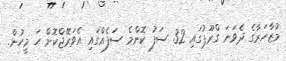
މުޒާހަރާގެ ދެވަނަ ގްރޫޕުގައި 32 ސަފު ކޮންމެ ސަފެއްގައި އެވަރޭޖްކޮށް ހަ މީހުން.